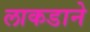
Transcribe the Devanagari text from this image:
लाकडाने